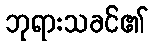
ဘုရားသခင်၏